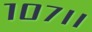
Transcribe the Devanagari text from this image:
१०७।।